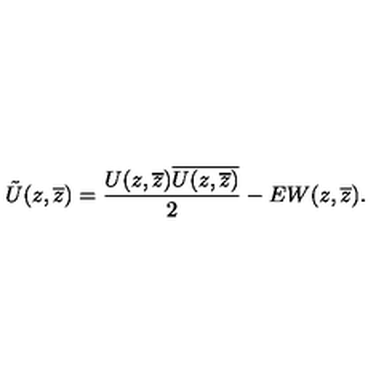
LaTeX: \tilde { U } ( z , \overline { { z } } ) = \frac { U ( z , \overline { { z } } ) \overline { { U ( z , \overline { { z } } ) } } } { 2 } - E W ( z , \overline { { z } } ) .